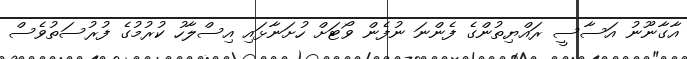
އާގާނޫނު އަސާސީ ރައްޔިތުންގެ ފެންނަ ނުފެން ވޯޓަށް ހުށަނާޅައި އިސްލާހު ކުރުމުގެ ފުރުސަތުވެސް